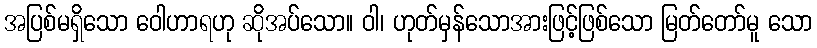
အပြစ်မရှိသော ဝေါဟာရဟု ဆိုအပ်သော။ ဝါ၊ ဟုတ်မှန်သောအားဖြင့်ဖြစ်သော မြတ်တော်မူ သော